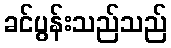
ခင်ပွန်းသည်သည်